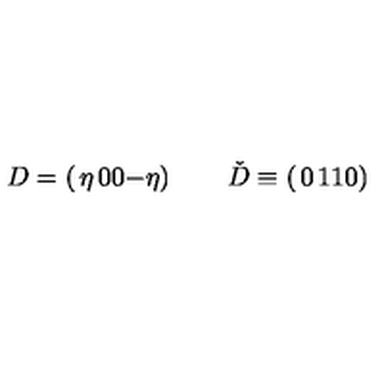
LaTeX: D = \left( \begin{matrix} { \eta } & { 0 } \\ { 0 } & { - \eta } \\ \end{matrix} \right) \qquad \check { D } \equiv \left( \begin{matrix} { 0 } & { 1 } \\ { 1 } & { 0 } \\ \end{matrix} \right)